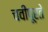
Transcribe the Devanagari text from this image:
चवीपूरते